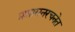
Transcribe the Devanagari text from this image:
प्रशासनरचनेत